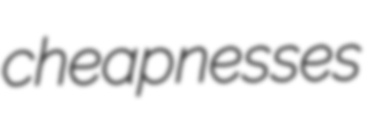
cheapnesses